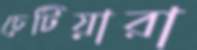
চেটিয়ারা